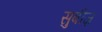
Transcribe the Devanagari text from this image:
सुबीज़